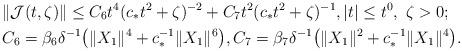
LaTeX: \begin{align*}&\| \mathcal{J}(t,\zeta) \| \le C_6 t^4 (c_* t^2 + \zeta)^{-2} + C_7 t^2 (c_* t^2 + \zeta)^{-1},|t|\le t^0,\ \zeta >0;\\&C_6 = \beta_6 \delta^{-1} \bigl(\|X_1\|^4 + c_*^{-1} \|X_1\|^6 \bigr),C_7 = \beta_7 \delta^{-1} \bigl(\|X_1\|^2 + c_*^{-1} \|X_1\|^4\bigr).\end{align*}